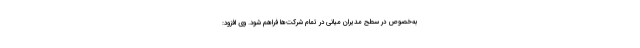
به‌خصوص در سطح مدیران میانی در تمام شرکت‌ها فراهم شود. وی افزود: